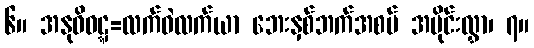
၆။ အနုဝိဝဋ္ဋ=လက်ဝဲလက်ယာ ဘေးနှစ်ဘက်အစပ် အပိုင်းလွှာ၊ ၇။